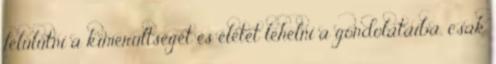
felülütni a kimerültségét és életet lehelni a gondolataiba, csak